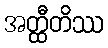
အတ္ထီတိဿ